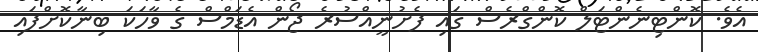
އެވެ. ކޮންޓިނެންޓަލް ކޮންގްރެސް ގައި ފެށުނީއްސުރެ ޖޯން އެޑަމްސް ގެ ވާހަކަ ބިނާކޮށްފައި